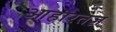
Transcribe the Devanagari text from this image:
आहारतज्ञ